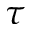
\tau